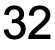
32